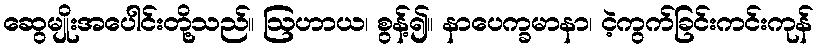
ဆွေမျိုးအပေါင်းတို့သည်။ ဩဟာယ၊ စွန့်၍။ နာပေက္ခမာနာ၊ ငဲ့ကွက်ခြင်းကင်းကုန်